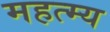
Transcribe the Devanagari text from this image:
महत्म्य